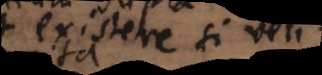
existere si velis.